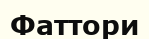
Фаттори